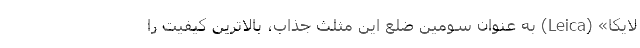
لایکا» (Leica) به عنوان سومین ضلع این مثلث جذاب، بالاترین کیفیت را